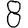
Digit: 8